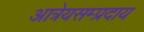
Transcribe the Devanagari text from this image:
आत्रेयसम्प्रदाय